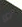
أي